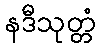
နဒီသုတ္တံ